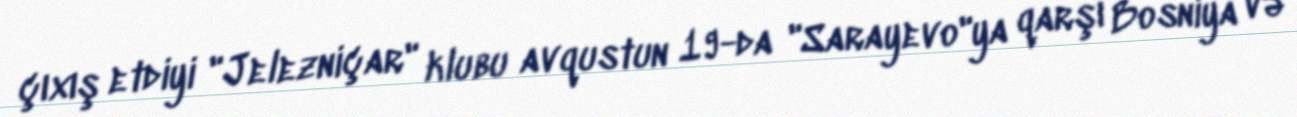
çıxış etdiyi "Jelezniçar" klubu avqustun 19-da "Sarayevo"ya qarşı Bosniya və